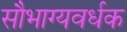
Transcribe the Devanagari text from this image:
सौभाग्यवर्धक